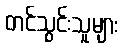
တင်သွင်းသူများ